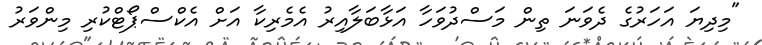
"މިދިޔަ އަހަރުގެ ދެވަނަ ތިން މަސްދުވަހާ އަޅާބަލާއިރު އެމެރިކާ އަށް އެކްސްޕޯޓްކުރި މިންވަރު